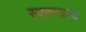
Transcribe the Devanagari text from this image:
स्वतन्त्राय